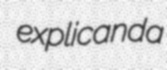
explicanda